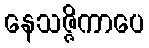
နေသဇ္ဇိကာပေ